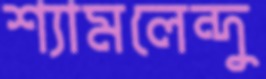
শ্যামলেন্দু